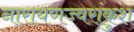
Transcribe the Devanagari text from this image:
नारायणज्वरांकुश